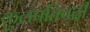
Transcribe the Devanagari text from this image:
कुलपतिपदी